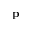
\mathbf { p }